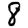
Digit: 8